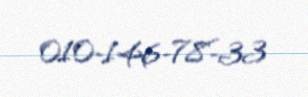
010-146-78-33